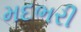
મદભરી